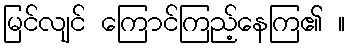
မြင်လျင် ကြောင်ကြည့်နေကြ၏ ။